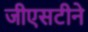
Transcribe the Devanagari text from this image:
जीएसटीने